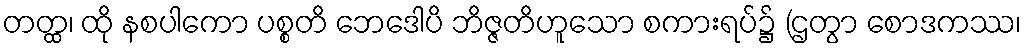
တတ္ထ၊ ထို နစပါကော ပစ္စတိ ဘေဒေါပိ ဘိဇ္ဇတိဟူသော စကားရပ်၌ (ဌတွာ စောဒကဿ၊